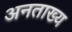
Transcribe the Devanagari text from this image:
अनताख्य